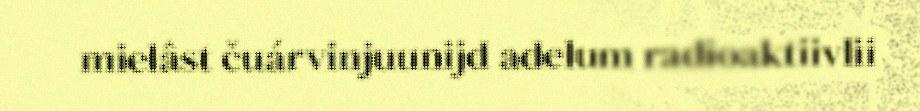
mielâst čuárvinjuunijd adelum radioaktiivlii